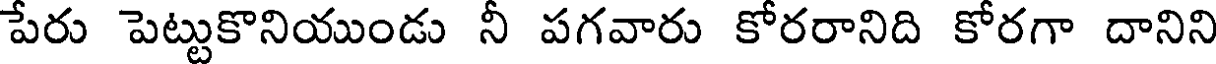
పేరు పెట్టుకొనియుండు నీ పగవారు కోరరానిది కోరగా దానిని